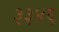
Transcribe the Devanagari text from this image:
३३४६